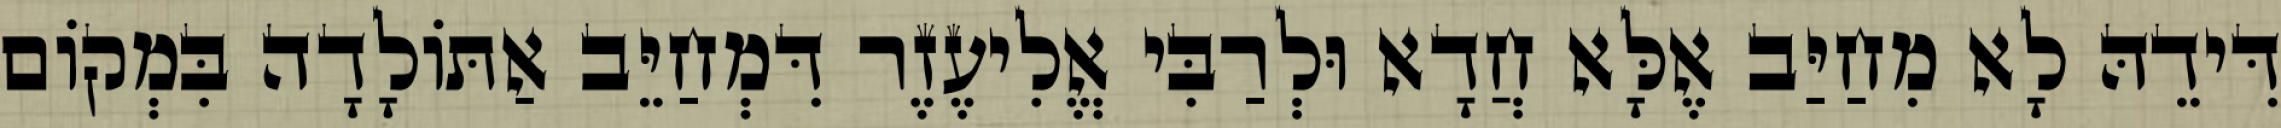
דִּידֵהּ לָא מִחַיַּב אֶלָּא חֲדָא וּלְרַבִּי אֱלִיעֶזֶר דִּמְחַיֵּב אַתּוֹלָדָה בִּמְקוֹם